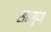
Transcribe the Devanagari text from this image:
सहगुण